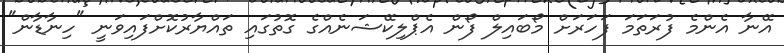
އޭނާ އެންމެ ފުރަތަމަ ފަހަރަށް މޯބައިލް ފޯން އެޕްލިކޭޝަނެއްގެ ގޮތުގައި ތައްޔާރުކޮށްފައިވަނީ "ހިނާޑާން"